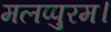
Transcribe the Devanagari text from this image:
मलप्पुरम।